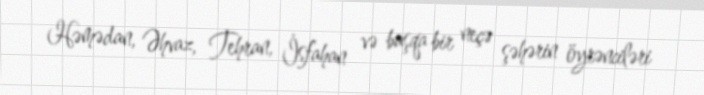
Həmədan, Əhvaz, Tehran, İsfahan və başqa bir neçə şəhərin öyrənciləri